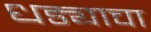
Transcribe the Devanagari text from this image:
धड्याचा